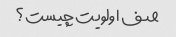
صف اولویت چیست؟